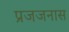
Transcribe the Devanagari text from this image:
प्रजजनास